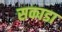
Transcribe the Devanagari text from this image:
सकाडा